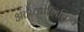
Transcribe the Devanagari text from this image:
अंतःकोशिकिय